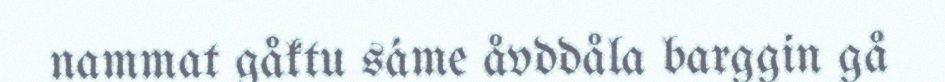
nammat gåktu sáme åvddåla barggin gå